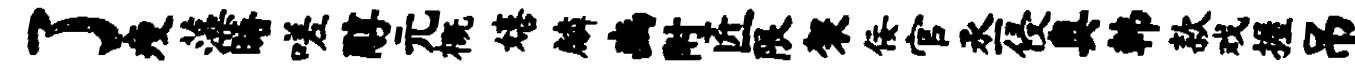
了瘦藻晤嗟醇元概嬉麟豳附匠限袈佞官丞侵奥韩款戏握吊